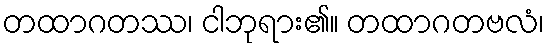
တထာဂတဿ၊ ငါဘုရား၏။ တထာဂတဗလံ၊